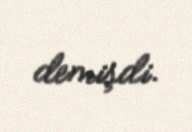
demişdi.